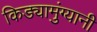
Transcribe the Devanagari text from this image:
किड्यामुंग्यानी